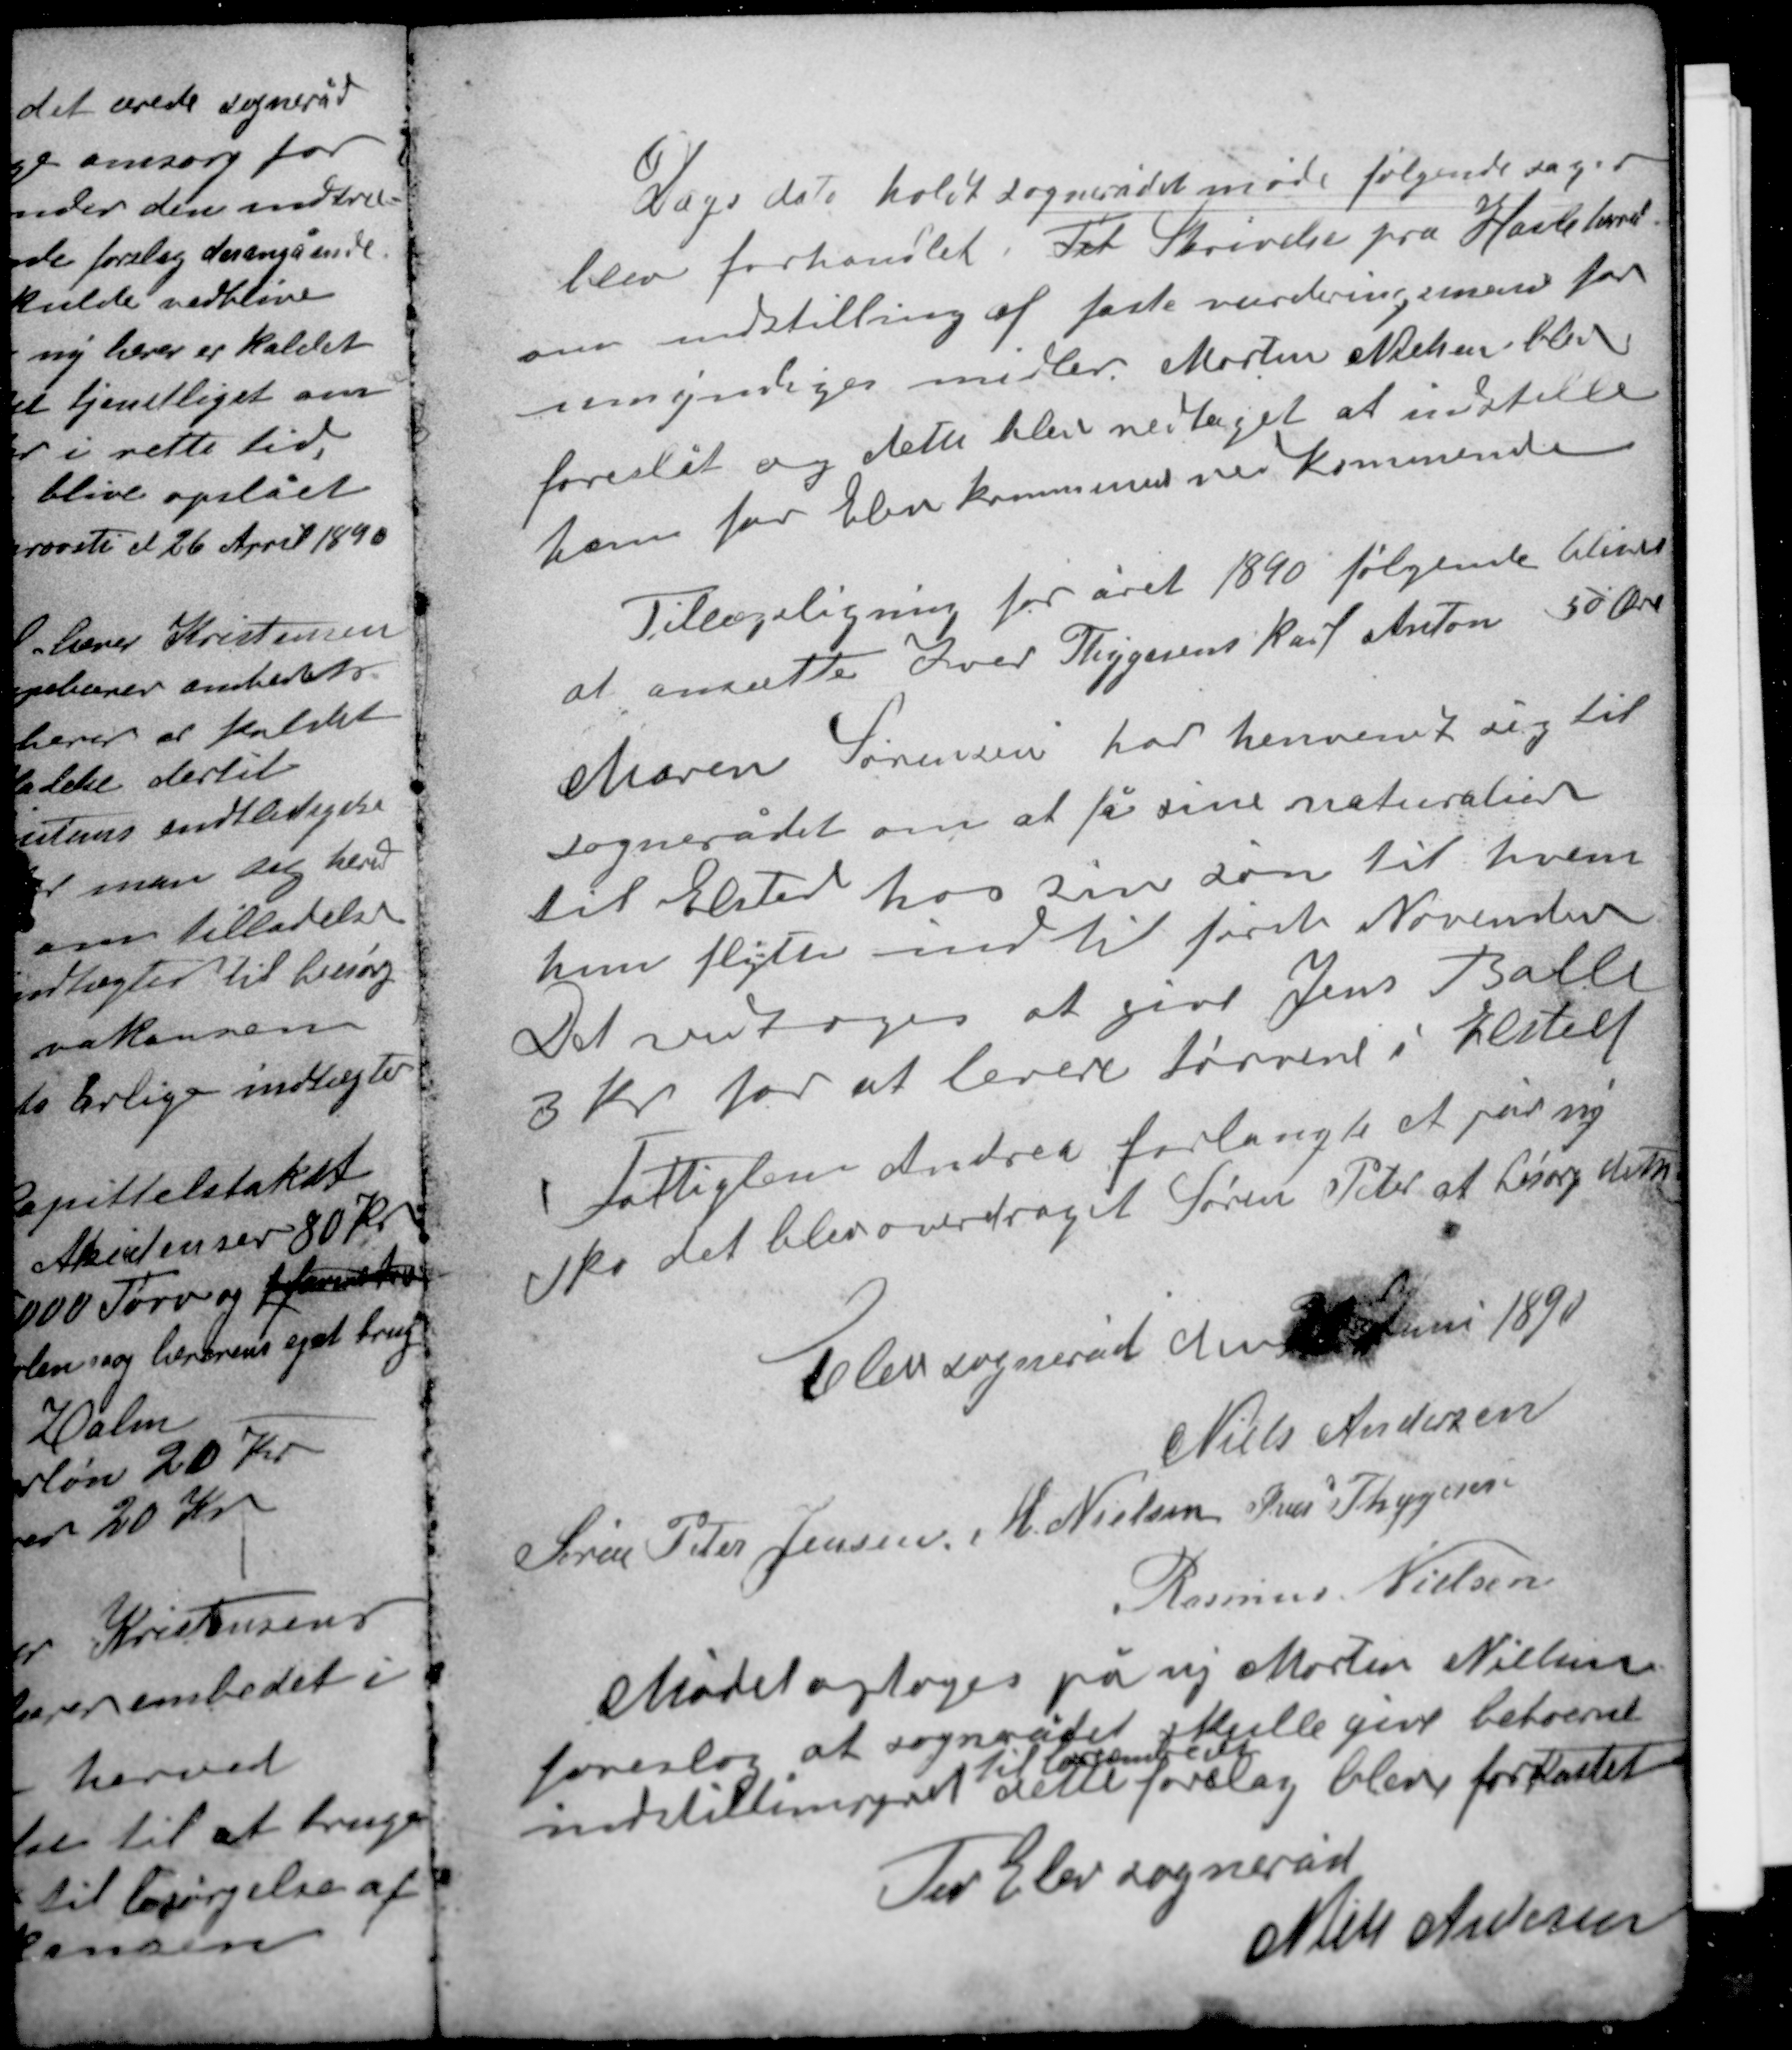
Transskription:
Dags dato holdt sognerådet møde følgende sager
blev forhandlet: Til Skrivelse fra Hasle herred
om indstilling af faste vurderingsmænd for
umyndiges midler. Morten Nielsen blev
foreslået og dette blev vedtaget at indstille
ham for Elev kommunes vedkommende.

Tillægsligning for året 1890 følgende bliver
at ansætte Iver Thygesens karl Anton 50 Øre

Maren Sørensen har henvendt sig til
sognerådet om at få sine naturalier
til Elsted hos sin søn til hvem
hun flytter ind til første November.
Det vedtoges at give Jens Balle
3 kr for at levere tørvene i Elsted.
Fattiglem Andrea forlangte et par ny
sko det blev overdraget Søren Peter at besørge dette.

Elev sogneråd den 16 Juni 1890
Niels Andersen
Søren Peter Jensen M. Nielsen Iver Thygesen
Rasmus Nielsen

Mødet optoges på ny Morten Nielsen
foreslog at sognerådet skulle give betoeret
til lærerembedet
indstillingsret dette forslag blev forkastet
For Elev sogneråd
Niels Andersen